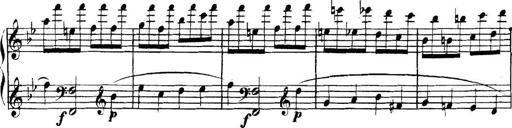
Title: Collected Piano Sonatas
Composer: Muzio Clementi